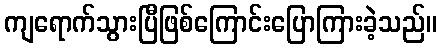
ကျရောက်သွားပြီဖြစ်ကြောင်းပြောကြားခဲ့သည်။